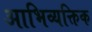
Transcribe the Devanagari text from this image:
आभिव्यक्तिक